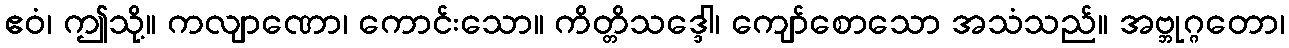
ဧဝံ၊ ဤသို့။ ကလျာဏော၊ ကောင်းသော။ ကိတ္တိသဒ္ဒေါ၊ ကျော်စောသော အသံသည်။ အဗ္ဘုဂ္ဂတော၊